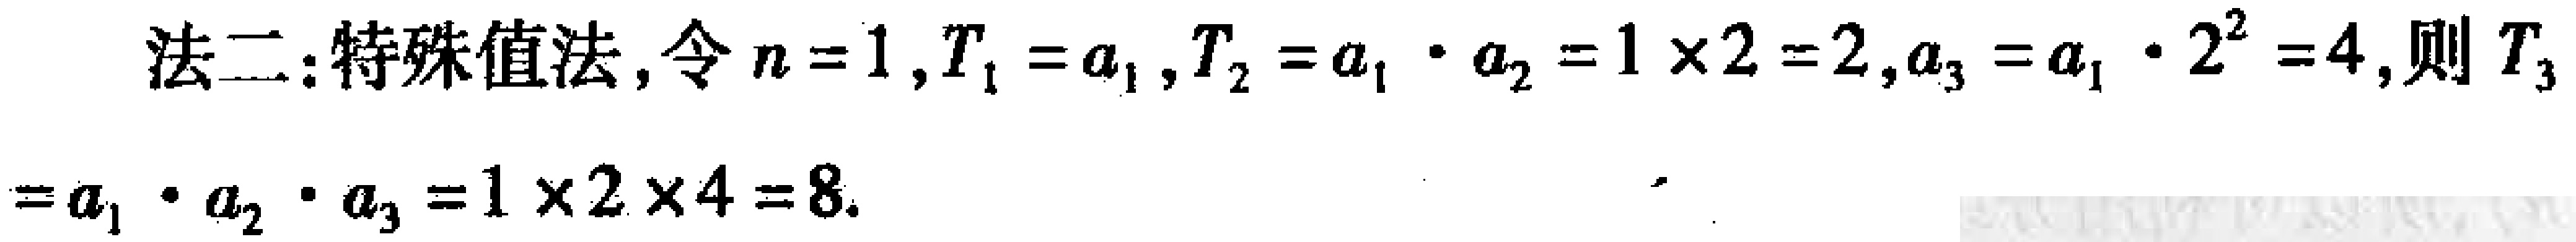
法二：特殊值法,令\(n = 1\),\(T_{1}=a_{1}\),\(T_{2}=a_{1}\cdot a_{2}=1\times2 = 2\),\(a_{3}=a_{1}\cdot 2^{2}=4\),则\(T_{3}=a_{1}\cdot a_{2}\cdot a_{3}=1\times2\times4 = 8\).